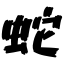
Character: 蛇